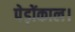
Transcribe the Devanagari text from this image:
पेड़ोंकाल।